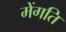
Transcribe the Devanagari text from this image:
मेंगति